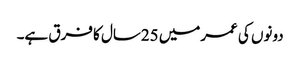
دونوں کی عمرمیں 25سال کا فرق ہے۔